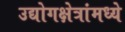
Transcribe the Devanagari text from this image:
उद्योगक्षेत्रांमध्ये